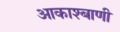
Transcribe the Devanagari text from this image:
आकाश्बाणी